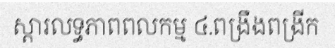
ស្តារលទ្ធភាពពលកម្ម ៤.ពង្រឹងពង្រីក